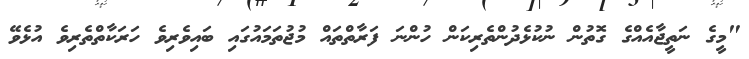
"މީގެ ނަތީޖާއެއްގެ ގޮތުން ނުކުޅެދުންތެރިކަން ހުންނަ ފަރާތްތައް މުޖުތަމައުގައި ބައިވެރިވެ ހަރަކާތްތެރިވެ އުޅެވޭ